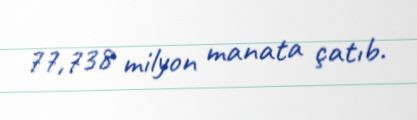
77,738 milyon manata çatıb.